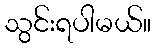
သွင်းရပါမယ်။